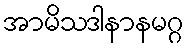
အာမိသဒါနာနမဂ္ဂ